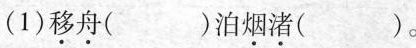
(1)移舟( )泊烟渚( )。